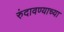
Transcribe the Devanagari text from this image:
रुंदावण्याच्या